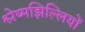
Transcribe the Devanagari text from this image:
श्लेष्मझिल्लियों